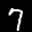
Label: 7